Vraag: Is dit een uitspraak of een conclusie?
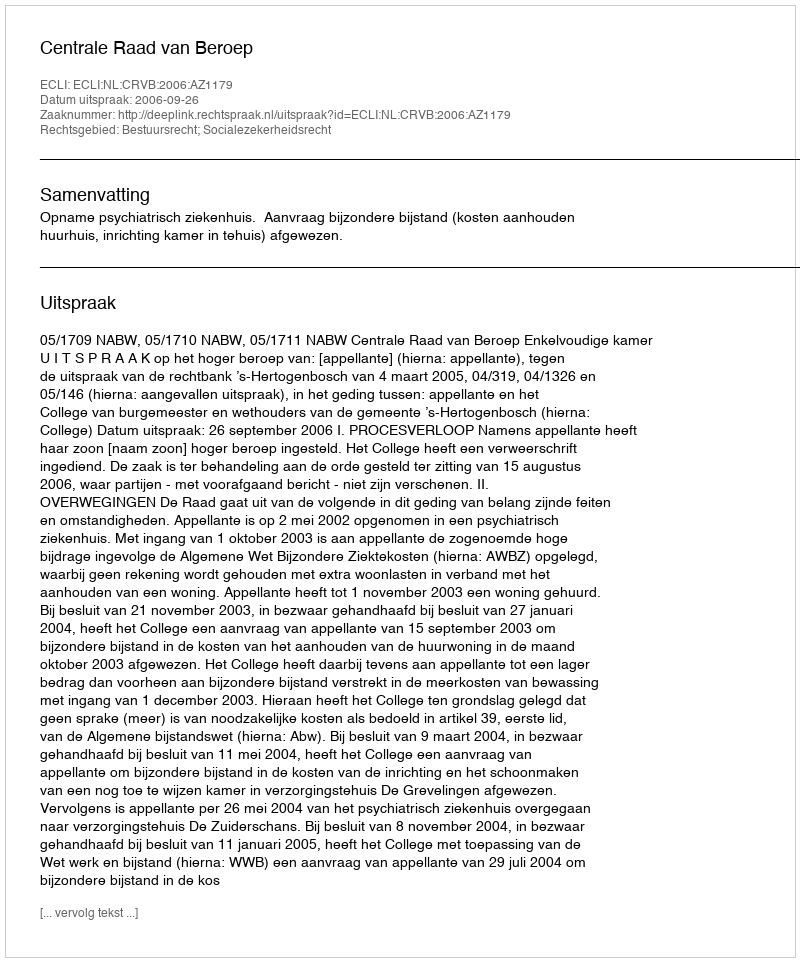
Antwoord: Uitspraak